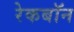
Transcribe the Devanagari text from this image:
रेकबॉन